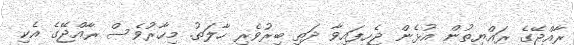
ރާއްޖޭގެ ރައްޔިތުން އުޅެން ޖެހިފައިވާ ދަތި ބިރުވެރި ހާލަތު. މިހާރުވެސް ރާއްޖޭގެ އެކި